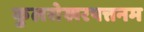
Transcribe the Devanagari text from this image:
कुलसेखरपत्तनम